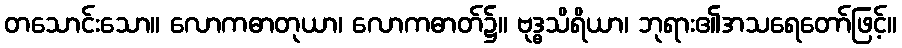
တသောင်းသော။ လောကဓာတုယာ၊ လောကဓာတ်၌။ ဗုဒ္ဓသိရိယာ၊ ဘုရား၏အသရေတော်ဖြင့်။